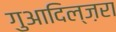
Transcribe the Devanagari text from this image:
गुआदिल्ज़रा